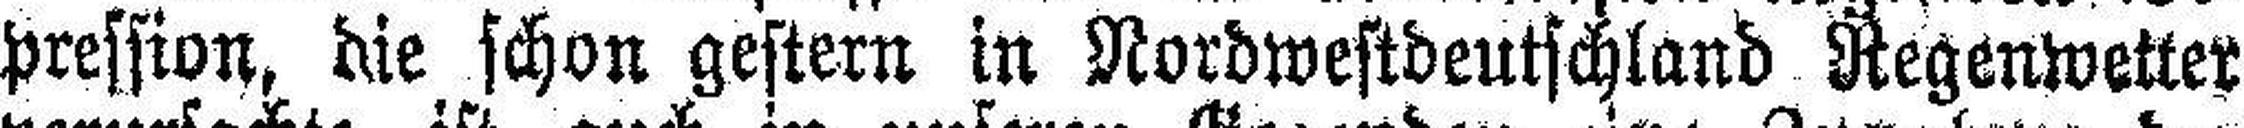
pression, die schon gestern in Nordwestdeutschland Regenwetter